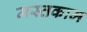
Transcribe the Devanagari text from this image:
मस्तकाम